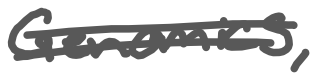
Text: Genomics,
Cross-out: double-line
Writing tool: digital_gray